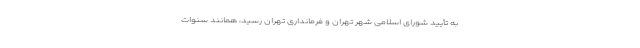
به تأیید شورای اسلامی شهر تهران و فرمانداری تهران رسید، همانند سنوات